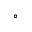
^ { \circ }